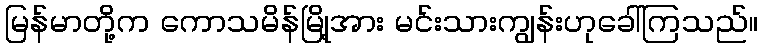
မြန်မာတို့က ကောသမိန်မြို့အား မင်းသားကျွန်းဟုခေါ်ကြသည်။